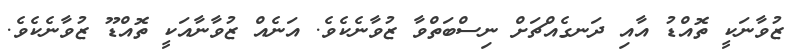
ޒުވާނަކީ ތޮއްޑު އާއި ދަނގެއްޗަށް ނިސްބަތްވާ ޒުވާނެކެވެ. އަނެއް ޒުވާނާއަކީ ތޮއްޑޫ ޒުވާނެކެވެ.